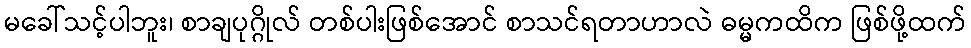
မခေါ်သင့်ပါဘူး၊ စာချပုဂ္ဂိုလ် တစ်ပါးဖြစ်အောင် စာသင်ရတာဟာလဲ ဓမ္မကထိက ဖြစ်ဖို့ထက်